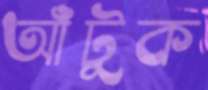
আঁটুক